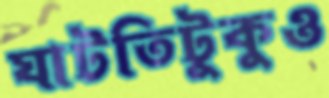
ঘাটতিটুকুও